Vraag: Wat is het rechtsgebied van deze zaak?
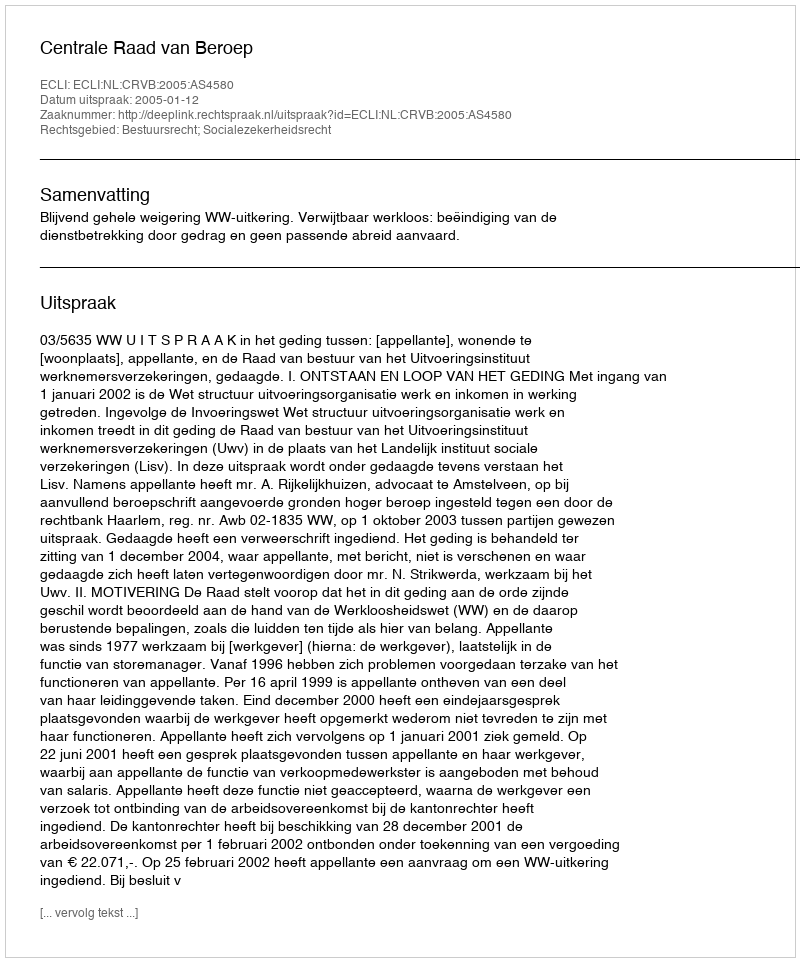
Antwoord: Bestuursrecht; Socialezekerheidsrecht